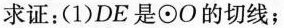
求证：(1)DE是\odotO的切线；